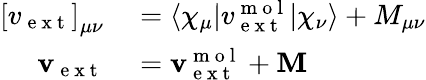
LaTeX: \begin{array}{rl}{\left[v_{\mathrm{~e~x~t~}}\right]_{\mu\nu}}&{{}=\langle\chi_{\mu}|v_{\mathrm{~e~x~t~}}^{\mathrm{~m~o~l~}}|\chi_{\nu}\rangle+M_{\mu\nu}}\\ {\mathbf{v}_{\mathrm{~e~x~t~}}}&{{}=\mathbf{v}_{\mathrm{~e~x~t~}}^{\mathrm{~m~o~l~}}+\mathbf{M}}\end{array}